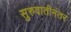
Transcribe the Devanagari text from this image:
सुरुवातीनंतर